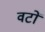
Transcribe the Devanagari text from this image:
वटों